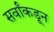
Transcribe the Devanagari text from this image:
सर्वांकडून